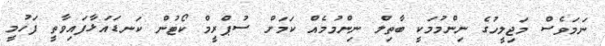
ނަމަވެސް މަޖިލީހުގެ ނިންމުމަކީ ބާތިލް ނިންމުމެއް ކަމަށް ސުޕްރީމް ކޯޓުން ކަނޑައަޅާފައިވާތީ ފަހުމީ